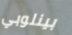
بينلوبي